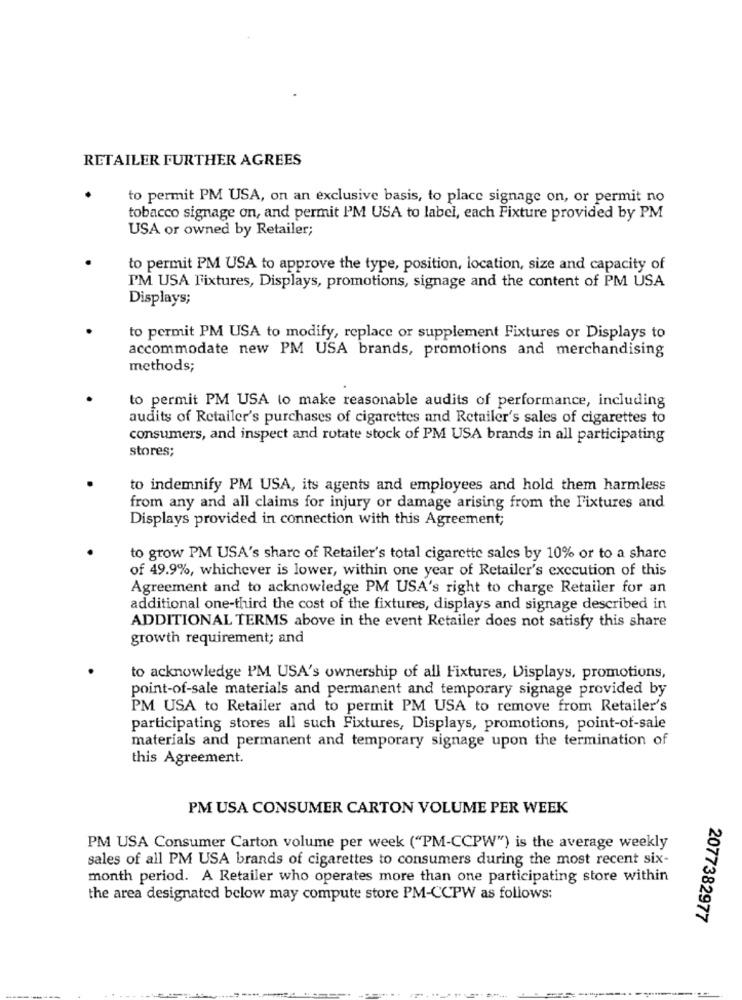
RETAILER FURTHER AGREES
to permit PM USA, on an exclusive basis, to place signage on, or permit no
tobacco signage on, and permit I'M USA to label, each Fixture provided by PM
USA or owned by Retailer;
to permit PM USA to approve the type, position, location, size and capacity of
PM USA Fixtures, Displays, promotions, signage and the content of PM USA
Displays;
to permit PM USA to modify, replace or supplement Fixtures or Displays to
accommodate new PM USA brands, promotions and merchandising
methods;
to permit PM USA to make reasonable audits of performance, including
audits of Retailer's purchases of cigarettes and Retailer's sales of cigarettes to
consumers, and inspect and rotate stock of PM USA brands in all participating
stores;
to indemnify PM USA, its agents and employees and hold them harmless
from any and all claims for injury or damage arising from the Fixtures and
Displays provided in connection with this Agreement;
to grow PM USA's share of Retailer's total cigarette sales by 10% or to a share
of 49.9%, whichever is lower, within one year of Retailer's execution of this
Agreement and to acknowledge PM USA's right to charge Retailer for an
additional one-third the cost of the fixtures, displays and signage described in
ADDITIONAL TERMS above in the event Retailer does not satisfy this share
growth requirement; and
to acknowledge I'M USA's ownership of all Fixtures, Displays, promotions,
point-of-sale materials and permanent and temporary signage provided by
PM USA to Retailer and to permit PM USA to remove from Retailer's
participating stores all such Fixtures, Displays, promotions, point-of-sale
materials and permanent and temporary signage upon the termination of
this Agreement.
PM USA CONSUMER CARTON VOLUME PER WEEK
PM USA Consumer Carton volume per week ("PM-CCPW") is the average weekly
sales of all PM USA brands of cigarettes to consumers during the most recent six-
month period. A Retailer who operates more than one participating store within
the area designated below may compute store PM-CCPW as follows:
2077382977